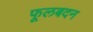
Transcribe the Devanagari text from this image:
फूलबदन